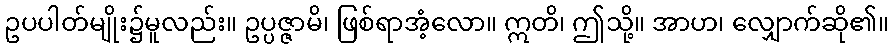
ဥပပါတ်မျိုး၌မူလည်း။ ဥပ္ပဇ္ဇာမိ၊ ဖြစ်ရာအံ့လော။ ဣတိ၊ ဤသို့။ အာဟ၊ လျှောက်ဆို၏။